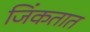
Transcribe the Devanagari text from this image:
जिंकतात